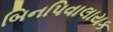
બિનપિવાલાયક